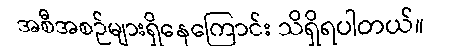
အစီအစဉ်များရှိနေကြောင်း သိရှိရပါတယ်။